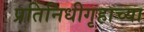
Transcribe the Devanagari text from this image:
प्रतिनिधीगृहाच्या